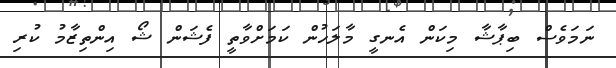
ނަމަވެސް ބިޕާޝާ މިކަން އެނގީ މާލަހުން ކަމަށްވާތީ ފެޝަން ޝޯ އިންތިޒާމު ކުރި